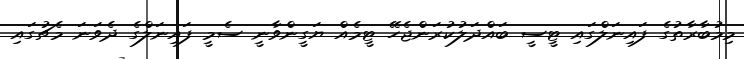
މިމުބާރާތުގެ ފައިނަލްގައި ޓީސީ ބައްދަލުކުރަންޖެހޭ ޓީމެއް ޔަގީންވާނީ ސެމީ ފައިނަލްގެ ދެވަނަ މެޗުގައި